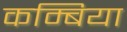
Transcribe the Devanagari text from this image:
कम्बिया